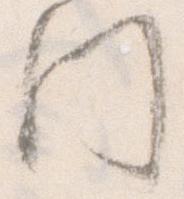
門